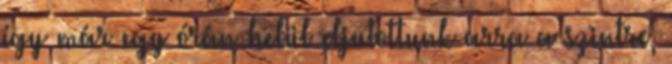
így már egy órán belül eljutottunk arra a szintre,